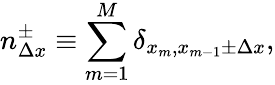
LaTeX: n_{\Delta x}^{\pm}\equiv\sum_{m=1}^{M}\delta_{x_{m},x_{m-1}\pm\Delta x},